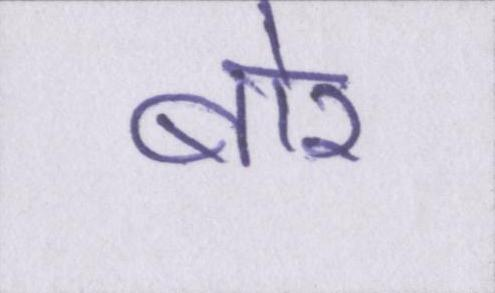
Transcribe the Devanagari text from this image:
बोर